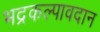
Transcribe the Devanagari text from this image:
भद्रकल्पावदान